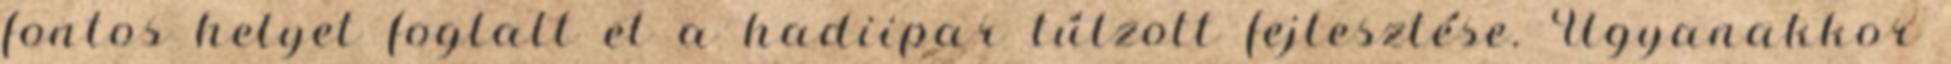
fontos helyet foglalt el a hadiipar túlzott fejlesztése. Ugyanakkor